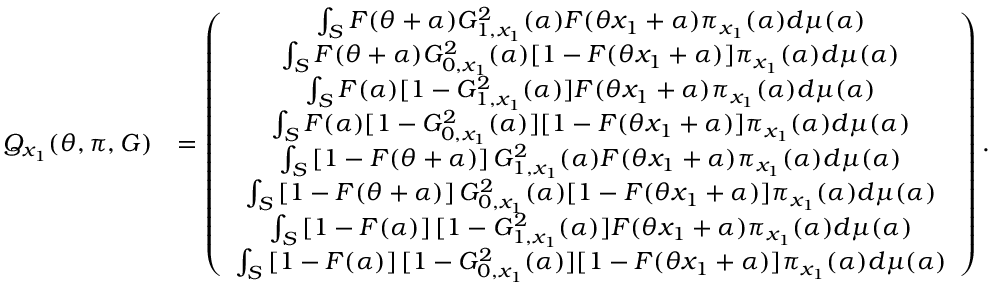
\begin{array} { r l } { Q _ { x _ { 1 } } ( \theta , \pi , G ) } & { = \left( \begin{array} { c } { \int _ { { \cal { S } } } F ( \theta + \alpha ) G _ { 1 , x _ { 1 } } ^ { 2 } ( \alpha ) F ( \theta x _ { 1 } + \alpha ) \pi _ { x _ { 1 } } ( \alpha ) d \mu ( \alpha ) } \\ { \int _ { { \cal { S } } } F ( \theta + \alpha ) G _ { 0 , x _ { 1 } } ^ { 2 } ( \alpha ) [ 1 - F ( \theta x _ { 1 } + \alpha ) ] \pi _ { x _ { 1 } } ( \alpha ) d \mu ( \alpha ) } \\ { \int _ { { \cal { S } } } F ( \alpha ) [ 1 - G _ { 1 , x _ { 1 } } ^ { 2 } ( \alpha ) ] F ( \theta x _ { 1 } + \alpha ) \pi _ { x _ { 1 } } ( \alpha ) d \mu ( \alpha ) } \\ { \int _ { { \cal { S } } } F ( \alpha ) [ 1 - G _ { 0 , x _ { 1 } } ^ { 2 } ( \alpha ) ] [ 1 - F ( \theta x _ { 1 } + \alpha ) ] \pi _ { x _ { 1 } } ( \alpha ) d \mu ( \alpha ) } \\ { \int _ { { \cal { S } } } \left[ 1 - F ( \theta + \alpha ) \right] G _ { 1 , x _ { 1 } } ^ { 2 } ( \alpha ) F ( \theta x _ { 1 } + \alpha ) \pi _ { x _ { 1 } } ( \alpha ) d \mu ( \alpha ) } \\ { \int _ { { \cal { S } } } \left[ 1 - F ( \theta + \alpha ) \right] G _ { 0 , x _ { 1 } } ^ { 2 } ( \alpha ) [ 1 - F ( \theta x _ { 1 } + \alpha ) ] \pi _ { x _ { 1 } } ( \alpha ) d \mu ( \alpha ) } \\ { \int _ { { \cal { S } } } \left[ 1 - F ( \alpha ) \right] [ 1 - G _ { 1 , x _ { 1 } } ^ { 2 } ( \alpha ) ] F ( \theta x _ { 1 } + \alpha ) \pi _ { x _ { 1 } } ( \alpha ) d \mu ( \alpha ) } \\ { \int _ { { \cal { S } } } \left[ 1 - F ( \alpha ) \right] [ 1 - G _ { 0 , x _ { 1 } } ^ { 2 } ( \alpha ) ] [ 1 - F ( \theta x _ { 1 } + \alpha ) ] \pi _ { x _ { 1 } } ( \alpha ) d \mu ( \alpha ) } \end{array} \right) . } \end{array}